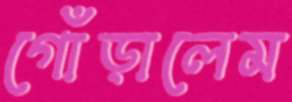
গোঁড়ালেম